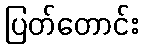
ပြတ်တောင်း